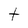
Character: t